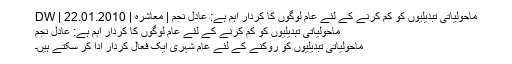
ماحولیاتی تبدیلیوں کو کم کرنے کے لئے عام لوگوں کا کردار اہم ہے: عادل نجم | معاشرہ | DW | 22.01.2010
ماحولیاتی تبدیلیوں کو کم کرنے کے لئے عام لوگوں کا کردار اہم ہے: عادل نجم
ماحولیاتی تبدیلیوں کو روکنے کے لئے عام شہری ایک فعال کردار ادا کر سکتے ہیں۔